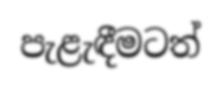
පැළැඳීමටත්